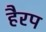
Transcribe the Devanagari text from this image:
हैरप